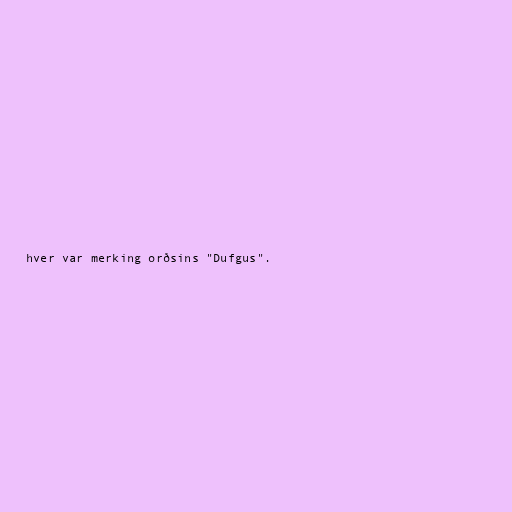
hver var merking orðsins "Dufgus".